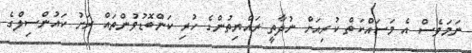
ނަމަވެސް އެ މަސައްކަތް ކުރިއަށް ނުދާތީ ރައްޔިތުންގެ ހުރި ކަންބޮޑުވުންތައް ރަށު ކައުންސިލްގެ